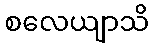
စလေယျာသိ